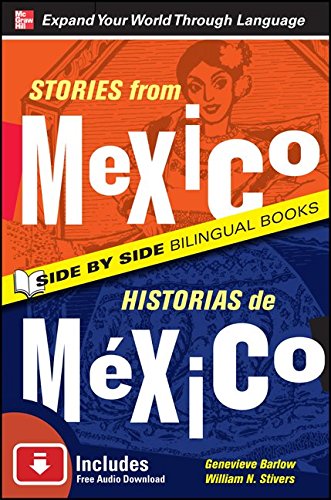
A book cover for Stories from Mexico/Historias de Mexico, Second Edition; Genevieve Barlow; Travel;